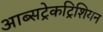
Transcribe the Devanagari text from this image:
आब्सट्रेकट्रिशियन